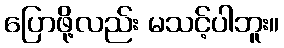
ပြောဖို့လည်း မသင့်ပါဘူး။